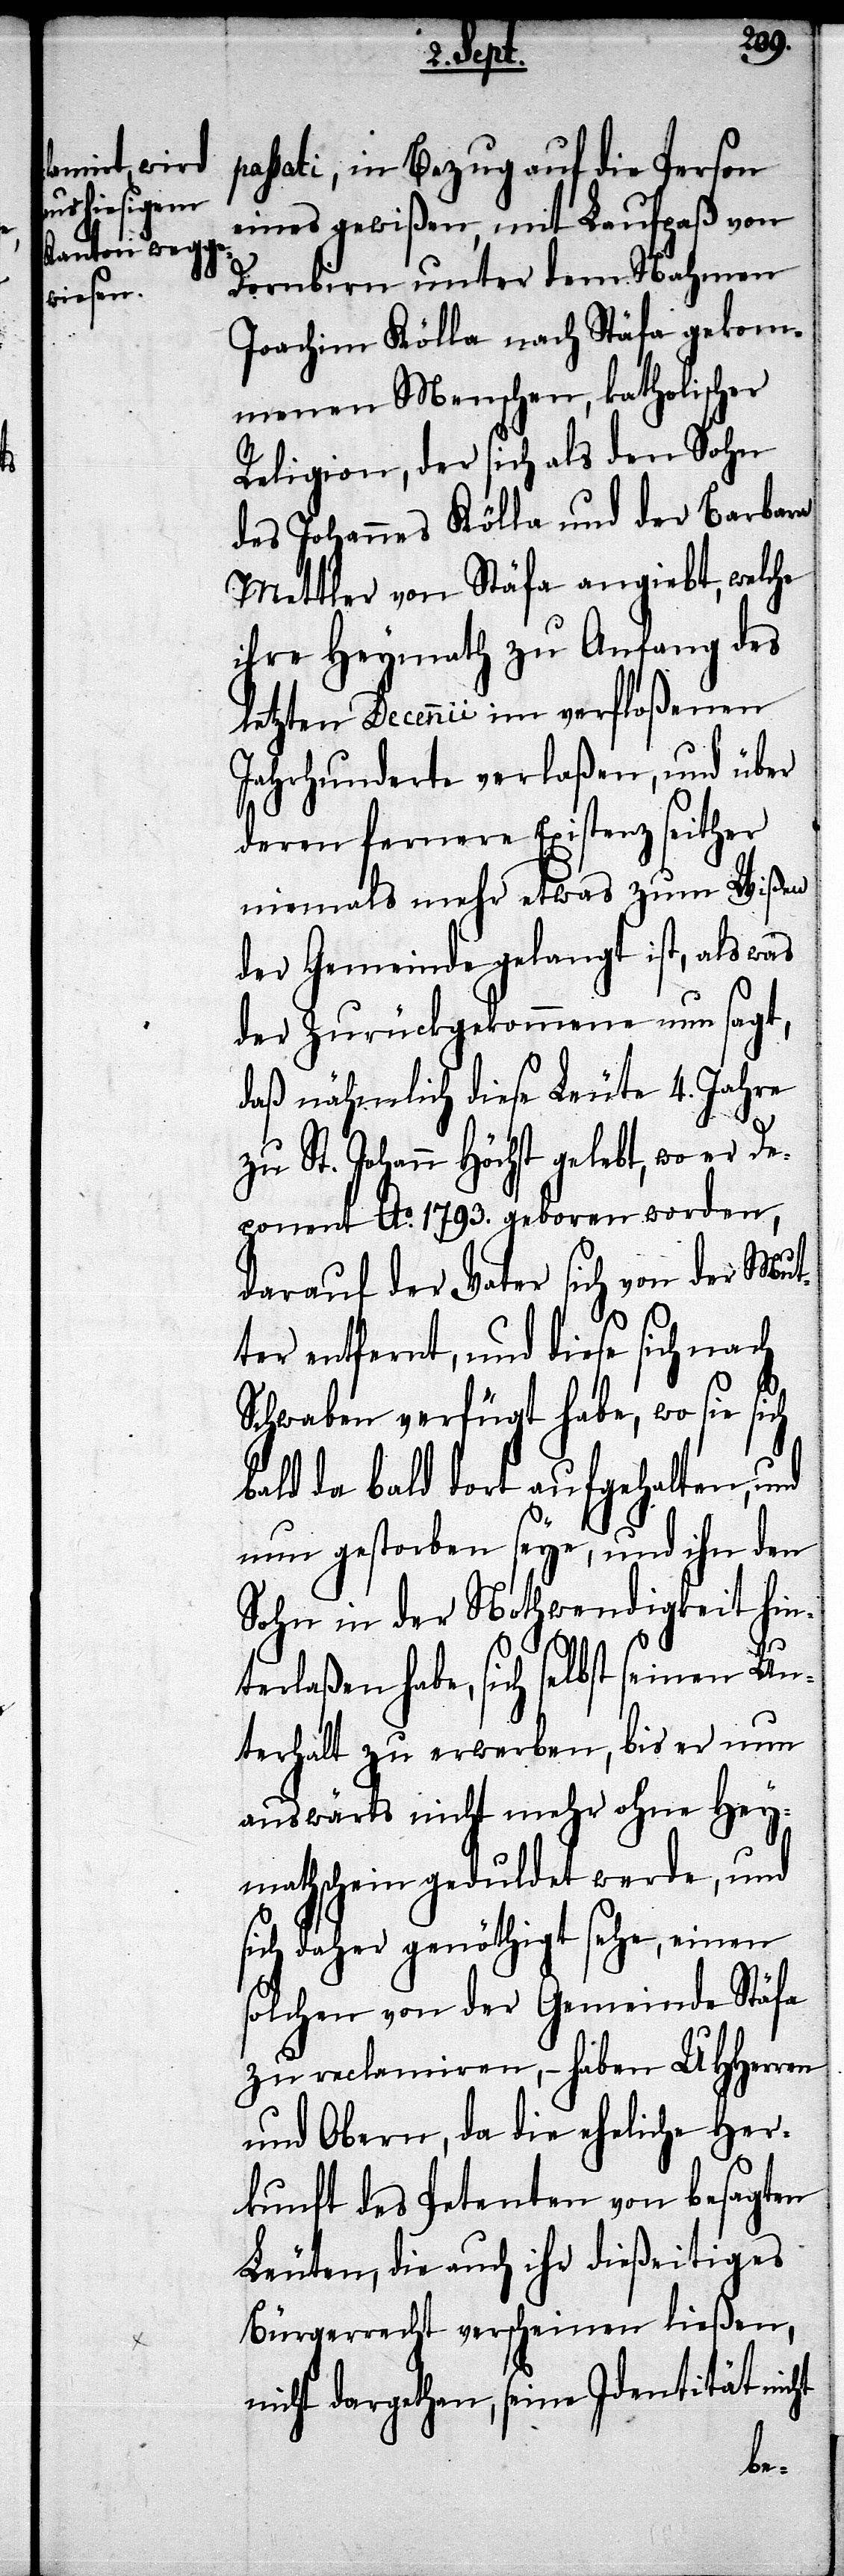
passati, in Bezug auf die Person
eines gewißen, mit Laufpaß von
Dornbirn unter dem Nahmen
Joachim Kölla nach Stäfa gekom¬
menen Menschen, katholischer
Religion, der sich als den Sohn
des Johannes Kölla und der Barbara
Mettmer von Stäfa angiebt, welche
ihre Heymah zu Anfang des
letzten Decennii im verfloßenen
Jahrhunderte verlaßen, und über
deren fernere Existenz seither
niemals mehr etwas zum Wißen
der Gemeinde gelangt ist, als was
der Zurückgekommene nun sagt,
daß nähmlich diese Leute 4. Jahre
zu St. Johann Höchst gelebt, wo er De¬
ponent Ao. 1793. geboren worden,
darauf der Vater sich von der Mut¬
ter entfernt, und diese sich nach
Schwaben verfügt habe, wo sie sich
bald da bald dort aufgehalten, und
nun gestorben seye, und ihn den
Sohn in der Nothwendigkeit hin¬
terlaßen habe, sich selbst seinen Un¬
terhalt zu erwerben, bis er nun
auswärts nicht mehr ohne Hey¬
mathschein geduldet werde, und
sich daher genöthigt sehe, einen
solchen von der Gemeinde Stäfa
zu reclamiren, – haben UHHerren
und Obern, da die eheliche Her¬
kunft des Petenten von besagten
Leuten, die auch ihr dießseitiges
Bürgerrecht verscheinen ließen,
nicht dargethan, seine Identität nicht